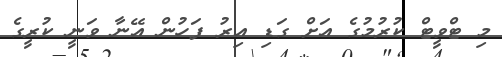
މި ޓްވީޓް ކުރުމުގެ އަށް ގަޑި އިރު ފަހުން އޭނާ ވަނީ ކުރީގެ